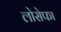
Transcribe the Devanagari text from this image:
लोसेफा